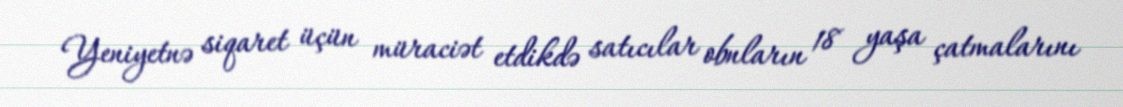
Yeniyetnə siqaret üçün müraciət etdikdə satıcılar obnların 18 yaşa çatmalarını